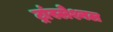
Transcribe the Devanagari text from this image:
ट्रांस्लेश्नल